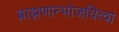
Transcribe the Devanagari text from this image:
ब्राह्मणान्भोजयित्वा